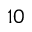
1 0